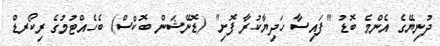
ދުނިޔޭގެ އެންމެ ބޮޑު "ފައިސާ ހަދިޔާކުރާ ފޮށި" (ޑޮނޭޝަން ބޮކްސް) ބެހެއްޓުމުގެ ރިކޯރޑް